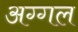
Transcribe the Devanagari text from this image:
अग्गल